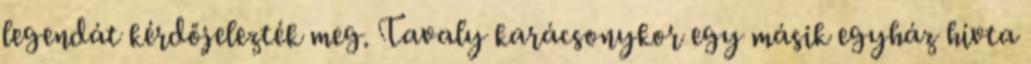
legendát kérdőjelezték meg. Tavaly karácsonykor egy másik egyház hívta